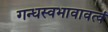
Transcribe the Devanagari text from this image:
गन्धस्वभावावत्वं